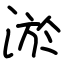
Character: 淤